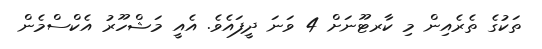
ތަކުގެ ތެރެއިން މި ކާރޓޫނަށް 4 ވަނަ ދީފައެވެ. އެއީ މަޝްހޫރު އެކްސްމެން